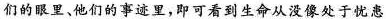
们的眼里、他们的事迹里，即可看到生命从没像处于忧患